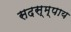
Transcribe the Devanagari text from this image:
सदस्म्पाय